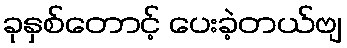
ခုနှစ်တောင့် ပေးခဲ့တယ်ဗျ